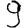
Digit: 9